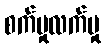
စက်မှုလက်မှု